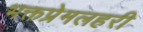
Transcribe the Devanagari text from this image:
भक्तप्रेमलहरी